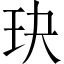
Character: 玦